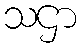
သဌာ